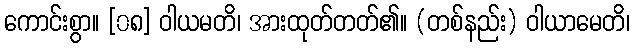
ကောင်းစွာ။ [၀၈] ဝါယမတိ၊ အားထုတ်တတ်၏။ (တစ်နည်း) ဝါယာမေတိ၊